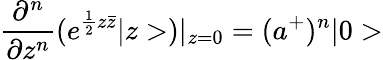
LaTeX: \frac{\partial^{n}}{\partial z^{n}}(e^{\frac{1}{2}z\bar{z}}|z>)|_{z=0}=(a^{+})^{n}|0>